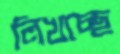
লিখচ্ছে